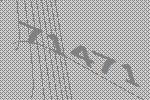
71471